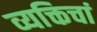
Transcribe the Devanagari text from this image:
व्यक्तिचां